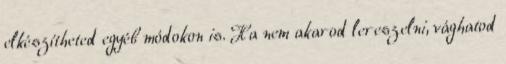
elkészítheted egyéb módokon is. Ha nem akarod lereszelni, vághatod